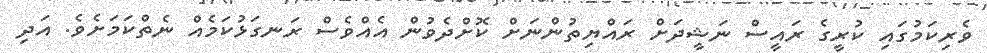
ވެރިކަމުގައި ކުރީގެ ރައީސް ނަޝީދަށް ރައްޔިތުންނަށް ކޮށްދެވުން އެއްވެސް ރަނގަޅުކަމެއް ނެތްކަމަށެވެ. އަދި